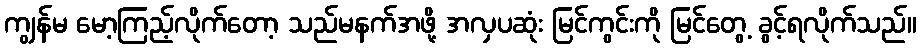
ကျွန်မ မော့ကြည့်လိုက်တော့ သည်မနက်အဖို့ အလှပဆုံး မြင်ကွင်းကို မြင်တွေ့ ခွင့်ရလိုက်သည်။